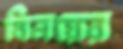
বিনয়ের